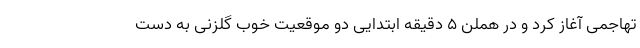
تهاجمی آغاز کرد و در هملن ۵ دقیقه ابتدایی دو موقعیت خوب گلزنی به دست